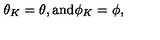
\theta _ { K } = \theta , \mathrm { a n d } \phi _ { K } = \phi ,